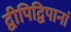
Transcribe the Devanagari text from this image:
द्वीपिद्विपानां